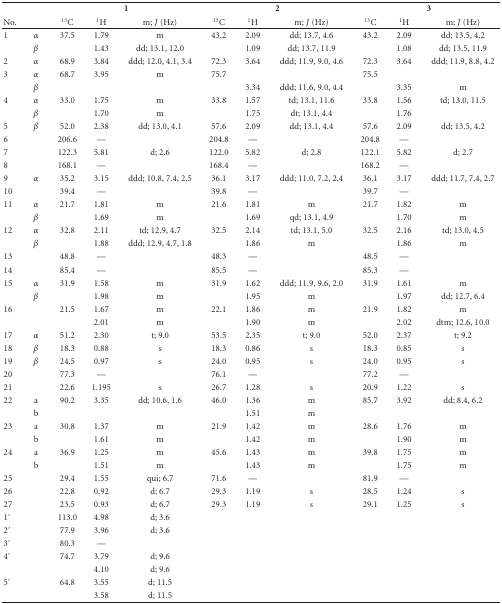
<table><thead><tr><td></td><td></td><td colspan="3"><b>1</b></td><td colspan="3"><b>2</b></td><td colspan="3"><b>3</b></td></tr><tr><td><b>No.</b></td><td></td><td><b><sup>13</sup>C</b></td><td><b><sup>1</sup>H</b></td><td><b>m; <i>J</i> (Hz)</b></td><td><b><sup>13</sup>C</b></td><td><b><sup>1</sup>H</b></td><td><b>m; <i>J</i> (Hz)</b></td><td><b><sup>13</sup>C</b></td><td><b><sup>1</sup>H</b></td><td><b>m; <i>J</i> (Hz)</b></td></tr></thead><tbody><tr><td>1</td><td><i>α</i></td><td>37.5</td><td>1.79</td><td>m</td><td>43.2</td><td>2.09</td><td>dd; 13.7, 4.6</td><td>43.2</td><td>2.09</td><td>dd; 13.5, 4.2</td></tr><tr><td></td><td><i>β</i></td><td></td><td>1.43</td><td>dd; 13.1, 12.0</td><td></td><td>1.09</td><td>dd; 13.7, 11.9</td><td></td><td>1.08</td><td>dd; 13.5, 11.9</td></tr><tr><td>2</td><td><i>α</i></td><td>68.9</td><td>3.84</td><td>ddd; 12.0, 4.1, 3.4</td><td>72.3</td><td>3.64</td><td>ddd; 11.9, 9.0, 4.6</td><td>72.3</td><td>3.64</td><td>ddd; 11.9, 8.8, 4.2</td></tr><tr><td>3</td><td><i>α</i></td><td>68.7</td><td>3.95</td><td>m</td><td>75.7</td><td></td><td></td><td>75.5</td><td></td><td></td></tr><tr><td></td><td><i>β</i></td><td></td><td></td><td></td><td></td><td>3.34</td><td>ddd; 11.6, 9.0, 4.4</td><td></td><td>3.35</td><td>m</td></tr><tr><td>4</td><td><i>α</i></td><td>33.0</td><td>1.75</td><td>m</td><td>33.8</td><td>1.57</td><td>td; 13.1, 11.6</td><td>33.8</td><td>1.56</td><td>td; 13.0, 11.5</td></tr><tr><td></td><td><i>β</i></td><td></td><td>1.70</td><td>m</td><td></td><td>1.75</td><td>dt; 13.1, 4.4</td><td></td><td>1.76</td><td></td></tr><tr><td>5</td><td><i>β</i></td><td>52.0</td><td>2.38</td><td>dd; 13.0, 4.1</td><td>57.6</td><td>2.09</td><td>dd; 13.1, 4.4</td><td>57.6</td><td>2.09</td><td>dd; 13.5, 4.2</td></tr><tr><td>6</td><td></td><td>206.6</td><td>—</td><td></td><td>204.8</td><td>—</td><td></td><td>204.8</td><td>—</td><td></td></tr><tr><td>7</td><td></td><td>122.3</td><td>5.81</td><td>d; 2.6</td><td>122.0</td><td>5.82</td><td>d; 2.8</td><td>122.1</td><td>5.82</td><td>d; 2.7</td></tr><tr><td>8</td><td></td><td>168.1</td><td>—</td><td></td><td>168.4</td><td>—</td><td></td><td>168.2</td><td>—</td><td></td></tr><tr><td>9</td><td><i>α</i></td><td>35.2</td><td>3.15</td><td>ddd; 10.8, 7.4, 2.5</td><td>36.1</td><td>3.17</td><td>ddd; 11.0, 7.2, 2.4</td><td>36.1</td><td>3.17</td><td>ddd; 11.7, 7.4, 2.7</td></tr><tr><td>10</td><td></td><td>39.4</td><td>—</td><td></td><td>39.8</td><td>—</td><td></td><td>39.7</td><td>—</td><td></td></tr><tr><td>11</td><td><i>α</i></td><td>21.7</td><td>1.81</td><td>m</td><td>21.6</td><td>1.81</td><td>m</td><td>21.7</td><td>1.82</td><td>m</td></tr><tr><td></td><td><i>β</i></td><td></td><td>1.69</td><td>m</td><td></td><td>1.69</td><td>qd; 13.1, 4.9</td><td></td><td>1.70</td><td>m</td></tr><tr><td>12</td><td><i>α</i></td><td>32.8</td><td>2.11</td><td>td; 12.9, 4.7</td><td>32.5</td><td>2.14</td><td>td; 13.1, 5.0</td><td>32.5</td><td>2.16</td><td>td; 13.0, 4.5</td></tr><tr><td></td><td><i>β</i></td><td></td><td>1.88</td><td>ddd; 12.9, 4.7, 1.8</td><td></td><td>1.86</td><td>m</td><td></td><td>1.86</td><td>m</td></tr><tr><td>13</td><td></td><td>48.8</td><td>—</td><td></td><td>48.3</td><td>—</td><td></td><td>48.5</td><td>—</td><td></td></tr><tr><td>14</td><td></td><td>85.4</td><td>—</td><td></td><td>85.5</td><td>—</td><td></td><td>85.3</td><td>—</td><td></td></tr><tr><td>15</td><td><i>α</i></td><td>31.9</td><td>1.58</td><td>m</td><td>31.9</td><td>1.62</td><td>ddd; 11.9, 9.6, 2.0</td><td>31.9</td><td>1.61</td><td>m</td></tr><tr><td></td><td><i>β</i></td><td></td><td>1.98</td><td>m</td><td></td><td>1.95</td><td>m</td><td></td><td>1.97</td><td>dd; 12.7, 6.4</td></tr><tr><td>16</td><td></td><td>21.5</td><td>1.67</td><td>m</td><td>22.1</td><td>1.86</td><td>m</td><td>21.9</td><td>1.82</td><td>m</td></tr><tr><td></td><td></td><td></td><td>2.01</td><td>m</td><td></td><td>1.90</td><td>m</td><td></td><td>2.02</td><td>dtm; 12.6, 10.0</td></tr><tr><td>17</td><td><i>α</i></td><td>51.2</td><td>2.30</td><td>t; 9.0</td><td>53.5</td><td>2.35</td><td>t; 9.0</td><td>52.0</td><td>2.37</td><td>t; 9.2</td></tr><tr><td>18</td><td><i>β</i></td><td>18.3</td><td>0.88</td><td>s</td><td>18.3</td><td>0.86</td><td>s</td><td>18.3</td><td>0.85</td><td>s</td></tr><tr><td>19</td><td><i>β</i></td><td>24.5</td><td>0.97</td><td>s</td><td>24.0</td><td>0.95</td><td>s</td><td>24.0</td><td>0.95</td><td>s</td></tr><tr><td>20</td><td></td><td>77.3</td><td>—</td><td></td><td>76.1</td><td>—</td><td></td><td>77.2</td><td>—</td><td></td></tr><tr><td>21</td><td></td><td>22.6</td><td>1.195</td><td>s</td><td>26.7</td><td>1.28</td><td>s</td><td>20.9</td><td>1.22</td><td>s</td></tr><tr><td>22</td><td>a</td><td>90.2</td><td>3.35</td><td>dd; 10.6, 1.6</td><td>46.0</td><td>1.36</td><td>m</td><td>85.7</td><td>3.92</td><td>dd; 8.4, 6.2</td></tr><tr><td></td><td>b</td><td></td><td></td><td></td><td></td><td>1.51</td><td>m</td><td></td><td></td><td></td></tr><tr><td>23</td><td>a</td><td>30.8</td><td>1.37</td><td>m</td><td>21.9</td><td>1.42</td><td>m</td><td>28.6</td><td>1.76</td><td>m</td></tr><tr><td></td><td>b</td><td></td><td>1.61</td><td>m</td><td></td><td>1.42</td><td>m</td><td></td><td>1.90</td><td>m</td></tr><tr><td>24</td><td>a</td><td>36.9</td><td>1.25</td><td>m</td><td>45.6</td><td>1.43</td><td>m</td><td>39.8</td><td>1.75</td><td>m</td></tr><tr><td></td><td>b</td><td></td><td>1.51</td><td>m</td><td></td><td>1.43</td><td>m</td><td></td><td>1.75</td><td>m</td></tr><tr><td>25</td><td></td><td>29.4</td><td>1.55</td><td>qui; 6.7</td><td>71.6</td><td>—</td><td></td><td>81.9</td><td>—</td><td></td></tr><tr><td>26</td><td></td><td>22.8</td><td>0.92</td><td>d; 6.7</td><td>29.3</td><td>1.19</td><td>s</td><td>28.5</td><td>1.24</td><td>s</td></tr><tr><td>27</td><td></td><td>23.5</td><td>0.93</td><td>d; 6.7</td><td>29.3</td><td>1.19</td><td>s</td><td>29.1</td><td>1.25</td><td>s</td></tr><tr><td>1′</td><td></td><td>113.0</td><td>4.98</td><td>d; 3.6</td><td></td><td></td><td></td><td></td><td></td><td></td></tr><tr><td>2′</td><td></td><td>77.9</td><td>3.96</td><td>d; 3.6</td><td></td><td></td><td></td><td></td><td></td><td></td></tr><tr><td>3′</td><td></td><td>80.3</td><td>—</td><td></td><td></td><td></td><td></td><td></td><td></td><td></td></tr><tr><td>4′</td><td></td><td>74.7</td><td>3.79</td><td>d; 9.6</td><td></td><td></td><td></td><td></td><td></td><td></td></tr><tr><td></td><td></td><td></td><td>4.10</td><td>d; 9.6</td><td></td><td></td><td></td><td></td><td></td><td></td></tr><tr><td>5′</td><td></td><td>64.8</td><td>3.55</td><td>d; 11.5</td><td></td><td></td><td></td><td></td><td></td><td></td></tr><tr><td></td><td></td><td></td><td>3.58</td><td>d; 11.5</td><td></td><td></td><td></td><td></td><td></td><td></td></tr></tbody></table>